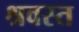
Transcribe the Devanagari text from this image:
श्रवस्त